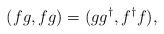
LaTeX: \begin{align*}(fg,fg) = (gg^\dagger, f^\dagger f),\end{align*}